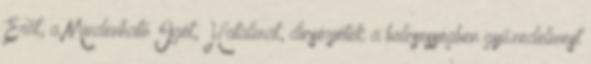
Erőt, a Mindenható Igét, Hatalmat, dicsérjétek a bölcsességben győzedelmest